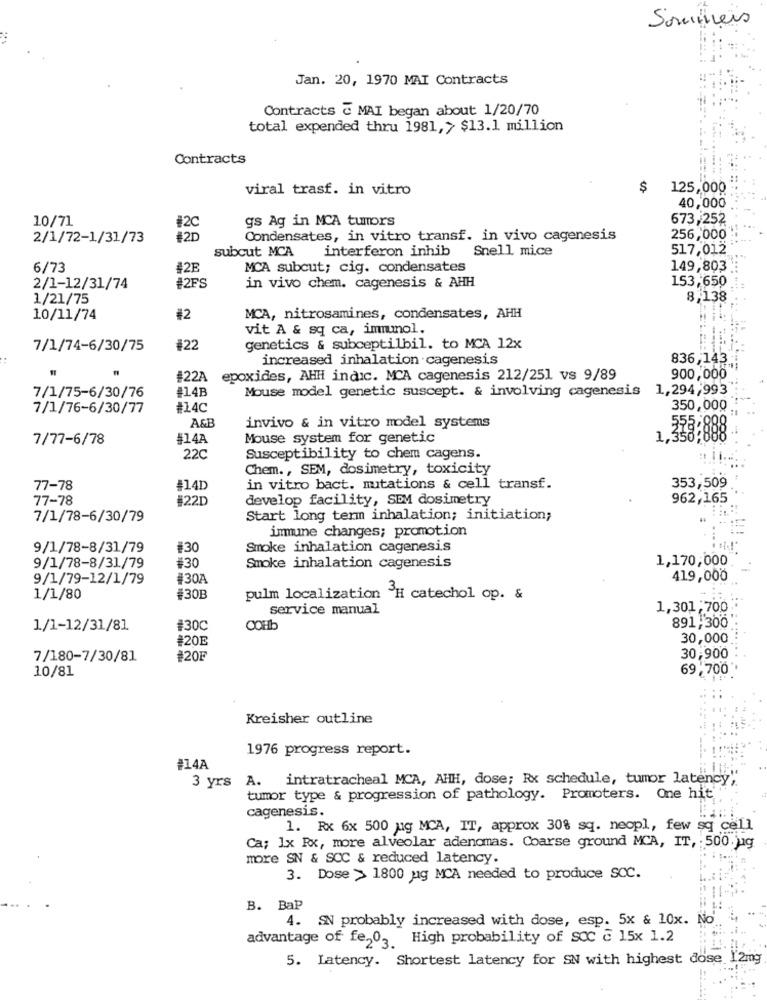
Sommers
Jan. 20, 1970 MAI Contracts
Contracts & MAI began about 1/20/70
total expended thru 1981,> $13.1 million
Contracts
viral trasf. in vitro
$
125,000
40,000
10/71
gs Ag in MCA tumors
673,252
#20
2/1/72-1/31/73
#21
Condensates, in vitro transf. in vivo cagenesis
256,000
subcut MCA interferon inhib
Snell mice
517,012
6/73
#2E
MCA subcut; cig. condensates
149,803
#2FS
153,650
2/1-12/31/74
in vivo chem. cagenesis & AHH
1/21/75
8,138
10/11/74
#2
MCA, nitrosamines, condensates, AHH
vit A & sq ca, immunol.
7/1/74-6/30/75
#22
genetics & subceptilbil. to MCA 12x
increased inhalation cagenesis
836,143
#22A
epoxides, AHH indic. MCA cagenesis 212/251 vs 9/89
900,000
7/1/75-6/30/76
#14B
Mouse model genetic suscept. & involving cagenesis 1,294,993
7/1/76-6/30/77
#14C
350,000
A&B
invivo & in vitro model systems
7/77-6/78
#14A
Mouse system for genetic
1,338;888
22C
Susceptibility to chem cagens.
Chem ., SEM, dosimetry, toxicity
77-78
#14D
in vitro bact. mutations & cell transf.
353,509
77-78
#22D
develop facility, SEM dosimetry
962,165
7/1/78-6/30/79
Start long term inhalation; initiation;
immune changes; promotion
9/1/78-8/31/79
#30
Smoke inhalation cagenesis
#30
1,170,000
9/1/78-8/31/79
Smoke inhalation cagenesis
9/1/79-12/1/79
#30A
419,000
1/1/80
#30B
pulm localization H catechol op. &
service manual
1,301,700
1/1-12/31/81
#30C
COHb
891,300
#20E
30,000.
7/180-7/30/81
#20F
30,900
10/81
69.700
Kreisher outline
1976 progress report.
#14A
3 yrs A. intratracheal MCA, AHH, dose; Rx schedule, tumor latency"
tumor type & progression of pathology. Promoters. One hit
cagenesis.
1. Rx 6x 500 ug MCA, IT, approx 308 sq. neopl, few sq cell
Ca; 1x Rx, more alveolar adenomas. Coarse ground MCA, IT, : 500.jug
more SN & SCC & reduced latency.
3. Dose > 1800 ug MCA needed to produce SCC.
B. BaP
4. SN probably increased with dose, esp. 5x & 10x. No
advantage of fe203 High probability of SCC & 15x 1.2
5. Latency. Shortest latency for SN with highest dose 1'2mg